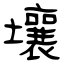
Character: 壤